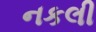
નકલી